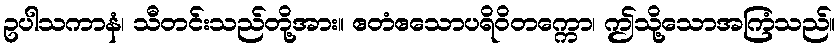
ဥပါသကာနံ၊ သီတင်းသည်တို့အား။ ဧတံဧသောပရိဝိတက္ကော၊ ဤသို့သောအကြံသည်။